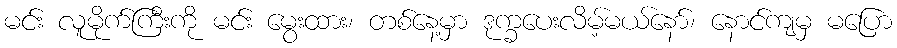
မင်း လူမိုက်ကြီးကို မင်း မွေးထား၊ တစ်နေ့မှာ ဒုက္ခပေးလိမ့်မယ်နော်၊ နောင်ကျမှ မပြော